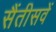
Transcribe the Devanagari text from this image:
सैंतीसवें